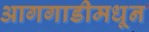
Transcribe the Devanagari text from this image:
आगगाडीमधून